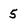
Character: 5